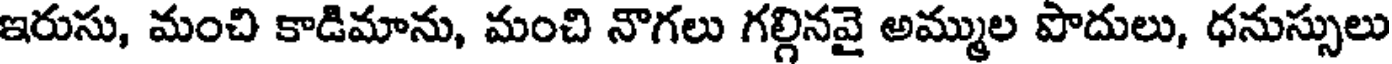
ఇరుసు, మంచి కాడిమాను, మంచి నాగలు గల్గినవై అమ్ముల పొదులు, ధనుస్సులు